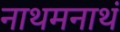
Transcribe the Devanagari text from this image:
नाथमनाथं